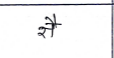
मजकूर: सै